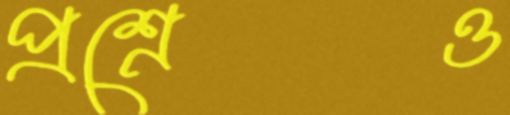
প্রশ্নেও